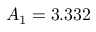
A _ { 1 } = 3 . 3 3 2